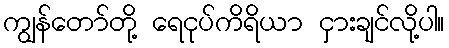
ကျွန်တော်တို့ ရေငုပ်ကိရိယာ ငှားချင်လို့ပါ။